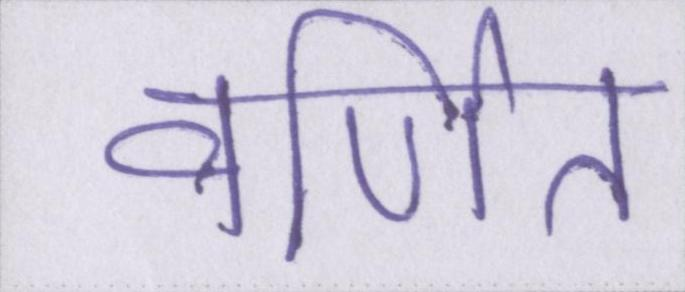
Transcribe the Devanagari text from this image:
वर्णित